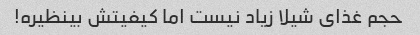
حجم غذای شیلا زیاد نیست اما کیفیتش بینظیره!